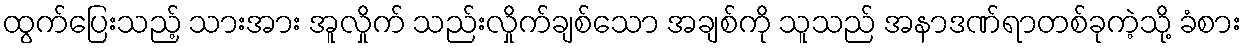
ထွက်ပြေးသည့် သားအား အူလှိုက် သည်းလှိုက်ချစ်သော အချစ်ကို သူသည် အနာဒဏ်ရာတစ်ခုကဲ့သို့ ခံစား